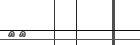
٤١